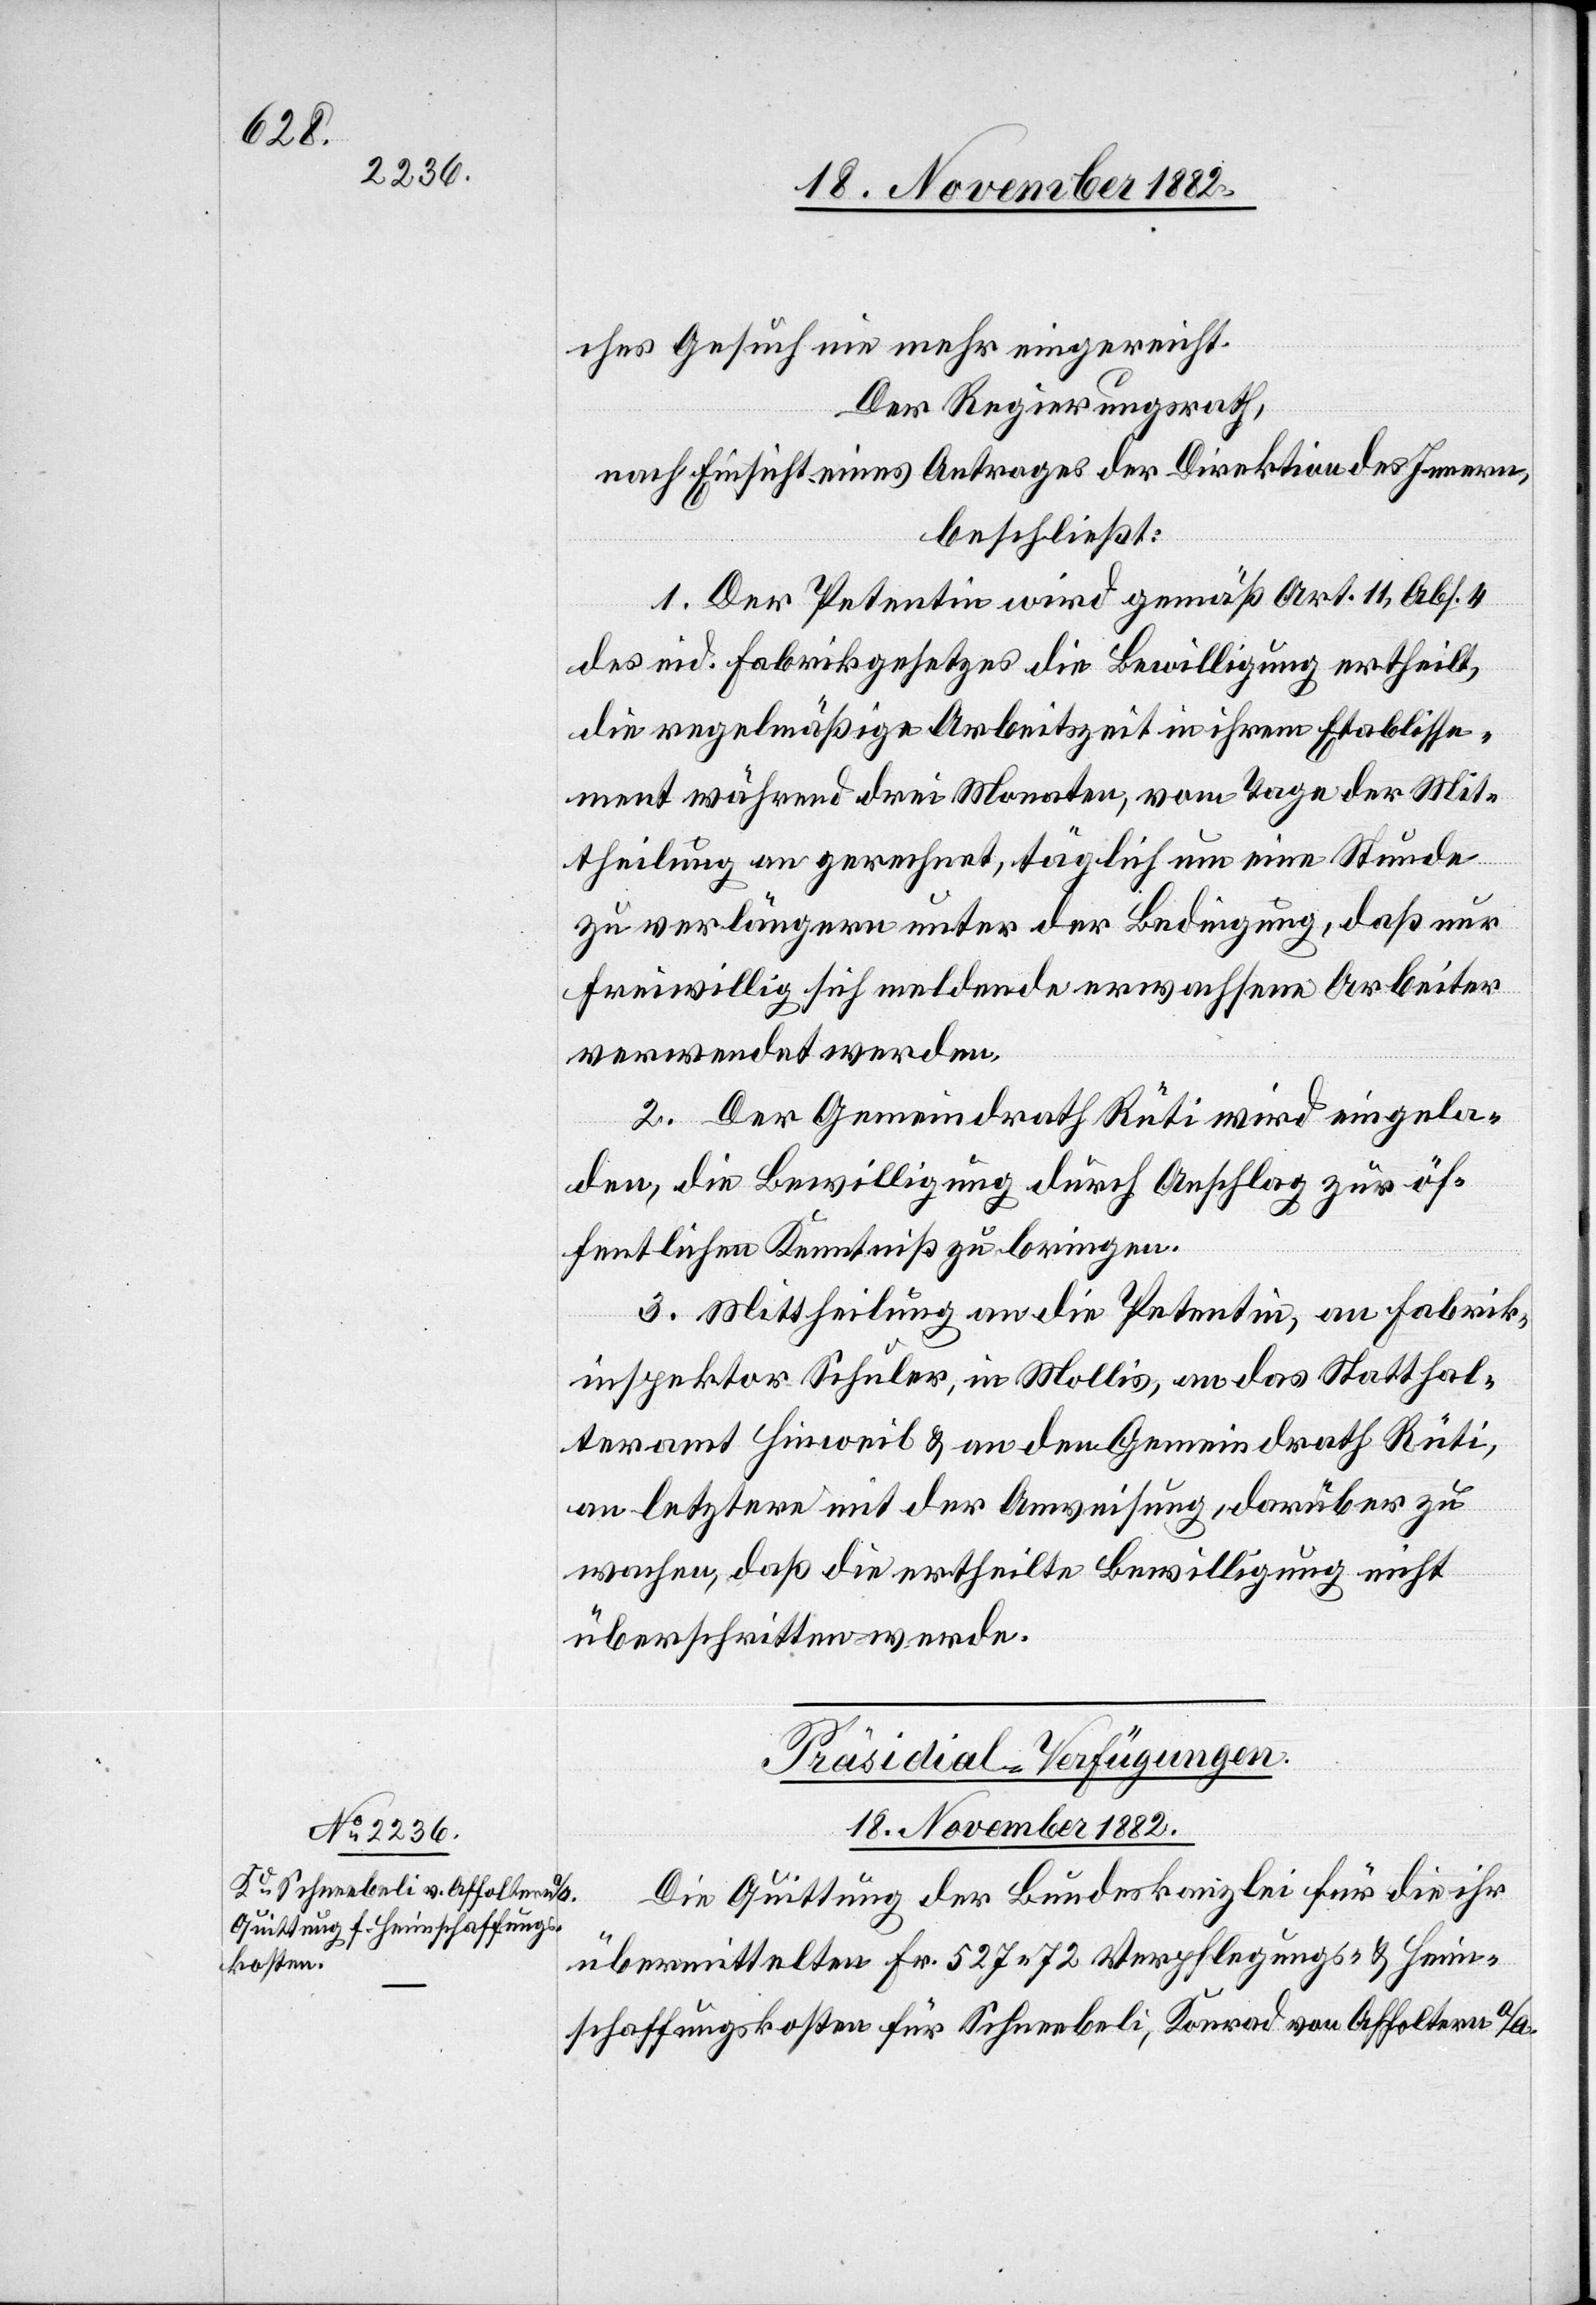
ches Gesuch nie mehr eingereicht.
Der Regierungsrath,
nach Einsicht eines Antrages der Direktion des Innern,
beschließt:
1. Der Petentin wird gemäß Art. 11, Abs. 4
des eid. Fabrikgesetzes die Bewilligung ertheilt,
die regelmäßige Arbeitszeit in ihrem Etablisse¬
ment während drei Monaten, vom Tage der Mit¬
theilung an gerechnet, täglich um eine Stunde
zu verlängern unter der Bedingung, daß nur
freiwillig sich meldende erwachsene Arbeiter
verwendet werden.
2. Der Gemeindrath Rüti wird eingela¬
den, die Bewilligung durch Anschlag zur öf¬
fentlichen Kenntniß zu bringen.
3. Mittheilung an die Petentin, an Fabrik¬
inspektor Schuler, in Mollis, an das Statthal¬
teramt Hinweil & an den Gemeindrath Rüti,
an letztere mit der Anweisung, darüber zu
wachen, daß die ertheilte Bewilligung nicht
überschritten werde.
Präsidial-Verfügungen.
18. November 1882.
Die Quittung der Bundeskanzlei für die ihr
übermittelten Fr. 527 72 Verpflegungs- & Heim¬
schaffungskosten für Schneebeli, Konrad von Affoltern a/A.